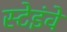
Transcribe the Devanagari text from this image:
स्टेइंवे